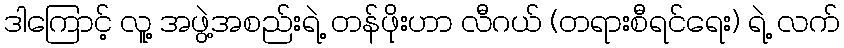
ဒါကြောင့် လူ့ အဖွဲ့အစည်းရဲ့ တန်ဖိုးဟာ လီဂယ် (တရားစီရင်ရေး) ရဲ့ လက်